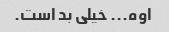
اوه... خیلی بد است.